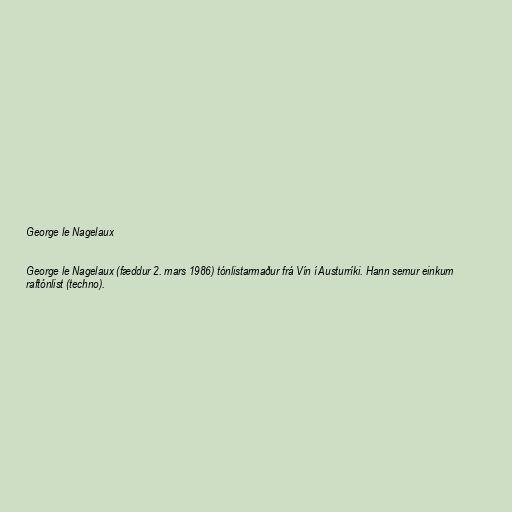
George le Nagelaux

George le Nagelaux (fæddur 2. mars 1986) tónlistarmaður frá Vín í Austurríki. Hann semur einkum
raftónlist (techno).